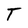
Character: T